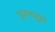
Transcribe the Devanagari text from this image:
पूजनाद्वारे